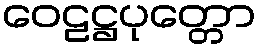
ဝေဠဋ္ဌပုတ္တော